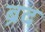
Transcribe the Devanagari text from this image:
ब्रेद